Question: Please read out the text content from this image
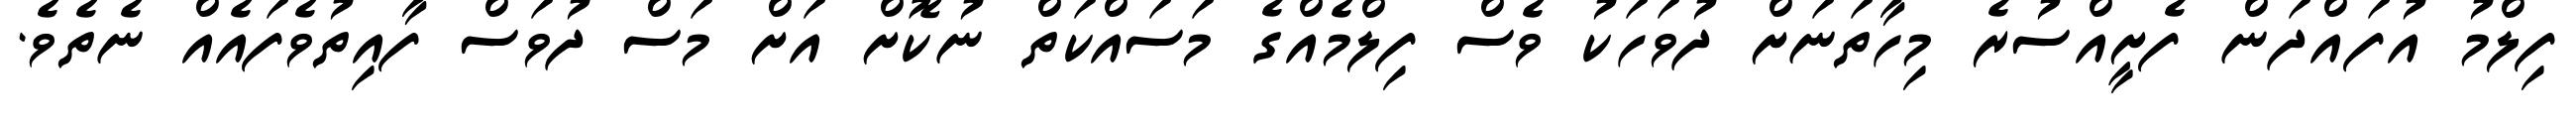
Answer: ފިލްމު އުފައްދަން ފެށީއްސުރެ މިހާތަނަށް ދުވަހަކު ވެސް ފިލްމެއްގެ މަސައްކަތް ނުކޮށް އަށް މަސް ދުވަސް ފާއިތުވެފައެއް ނެތެވެ.